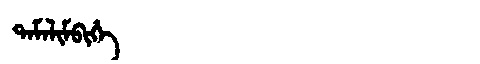
Manchu: ᡨᠠᠮᠠᠯᡳᠮᠪᡳᡥᡝ
Romanization: TAMALIMBIHE